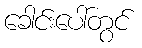
ခေါင်းပေါ်တွင်